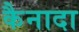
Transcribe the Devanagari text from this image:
कैनादा